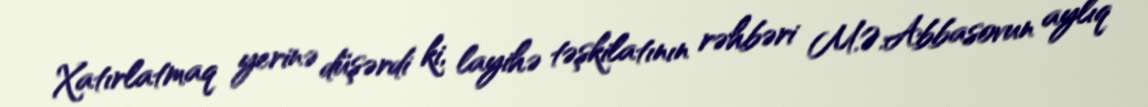
Xatırlatmaq yerinə düşərdi ki, layihə təşkilatının rəhbəri M.Ə.Abbasovun aylıq